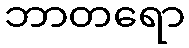
ဘာတရော